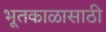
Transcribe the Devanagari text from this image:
भूतकाळासाठी